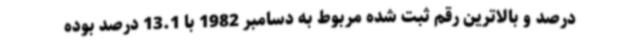
درصد و بالاترین رقم ثبت شده مربوط به دسامبر 1982 با 13.1 درصد بوده